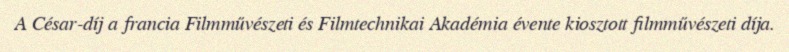
A César-díj a francia Filmművészeti és Filmtechnikai Akadémia évente kiosztott filmművészeti díja.